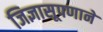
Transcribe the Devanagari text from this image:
जिज्ञासूपणाने